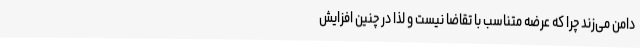
دامن می‌زند چرا که عرضه متناسب با تقاضا نیست و لذا در چنین افزایش